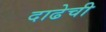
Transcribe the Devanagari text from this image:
दाढेची